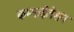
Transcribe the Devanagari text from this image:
कम्पाईलेशन